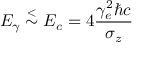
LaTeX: E _ { \gamma } \stackrel { < } { \sim } E _ { c } = 4 { \frac { \gamma _ { e } ^ { 2 } \hbar c } { \sigma _ { z } } }